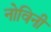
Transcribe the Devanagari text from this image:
नोविनी